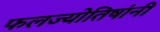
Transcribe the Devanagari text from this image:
फलज्योतिषांनी